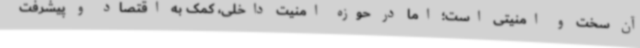
آن سخت و امنیتی‌ است؛ اما در حوزه امنیت داخلی، کمک به اقتصاد و پیشرفت